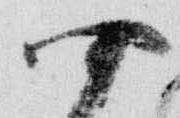
四